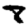
Digit: 8